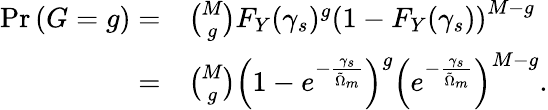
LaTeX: \begin{array}{rl}{\mathrm{Pr}\left(G=g\right)=}&{\binom{M}{g}F_{Y}(\gamma_{s})^{g}\left(1-F_{Y}(\gamma_{s})\right)^{M-g}}\\ {=}&{\binom{M}{g}\left(1-e^{-\frac{\gamma_{s}}{\tilde{\Omega}_{m}}}\right)^{g}\left(e^{-\frac{\gamma_{s}}{\tilde{\Omega}_{m}}}\right)^{M-g}.}\end{array}